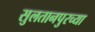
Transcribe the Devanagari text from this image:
सुलतानपुरच्या